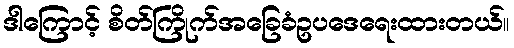
ဒါကြောင့် စိတ်ကြိုက်အခြေခံဥပဒေရေးထားတယ်။